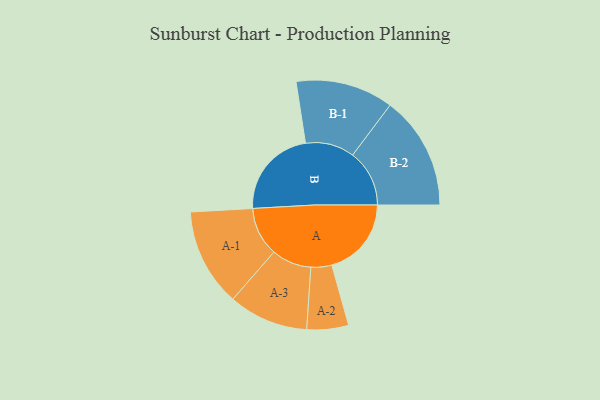
{"axis": {"x": "Segment", "y": "Value"}, "legend": ["", "A", "B"], "data": [{"x": "A", "y": 405, "type": ""}, {"x": "B", "y": 460, "type": ""}, {"x": "A-1", "y": 249, "type": "A"}, {"x": "A-2", "y": 106, "type": "A"}, {"x": "A-3", "y": 203, "type": "A"}, {"x": "B-1", "y": 249, "type": "B"}, {"x": "B-2", "y": 289, "type": "B"}]}